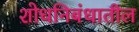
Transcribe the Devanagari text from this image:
शोधनिबंधातील